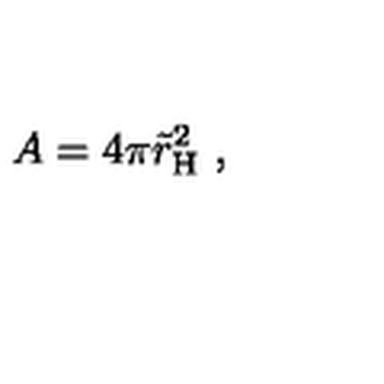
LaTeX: A = 4 \pi \tilde { r } _ { \mathrm { H } } ^ { 2 } \ , \nonumber